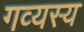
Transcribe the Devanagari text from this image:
गव्यस्य